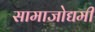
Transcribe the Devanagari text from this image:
सामाजोद्यमी